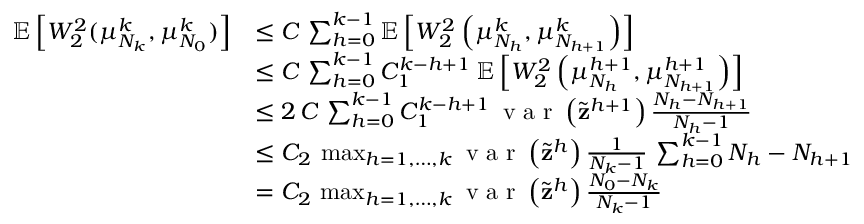
\begin{array} { r l } { \mathbb { E } \left[ W _ { 2 } ^ { 2 } ( \mu _ { N _ { k } } ^ { k } , \mu _ { N _ { 0 } } ^ { k } ) \right] } & { \leq C \, \sum _ { h = 0 } ^ { k - 1 } \mathbb { E } \left[ W _ { 2 } ^ { 2 } \left( \mu _ { N _ { h } } ^ { k } , \mu _ { N _ { h + 1 } } ^ { k } \right) \right] } \\ & { \leq C \, \sum _ { h = 0 } ^ { k - 1 } C _ { 1 } ^ { k - h + 1 } \, \mathbb { E } \left[ W _ { 2 } ^ { 2 } \left( \mu _ { N _ { h } } ^ { h + 1 } , \mu _ { N _ { h + 1 } } ^ { h + 1 } \right) \right] } \\ & { \leq 2 \, C \, \sum _ { h = 0 } ^ { k - 1 } C _ { 1 } ^ { k - h + 1 } \, \textup { v a r } \left( \tilde { \mathbf { z } } ^ { h + 1 } \right) \frac { N _ { h } - N _ { h + 1 } } { N _ { h } - 1 } } \\ & { \leq C _ { 2 } \, \operatorname* { m a x } _ { h = 1 , \dots , k } \textup { v a r } \left( \tilde { \mathbf { z } } ^ { h } \right) \frac { 1 } { N _ { k } - 1 } \, \sum _ { h = 0 } ^ { k - 1 } N _ { h } - N _ { h + 1 } } \\ & { = C _ { 2 } \, \operatorname* { m a x } _ { h = 1 , \dots , k } \textup { v a r } \left( \tilde { \mathbf { z } } ^ { h } \right) \frac { N _ { 0 } - N _ { k } } { N _ { k } - 1 } } \end{array}